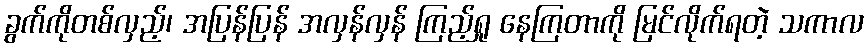
ခွက်ကိုတစ်လှည့်၊ အပြန်ပြန် အလှန်လှန် ကြည့်ရှု နေကြတာကို မြင်လိုက်ရတဲ့ သကာလ